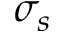
\sigma _ { s }